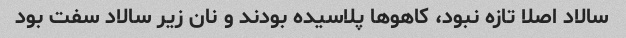
سالاد اصلا تازه نبود، کاهو‌ها پلاسیده بودند و نان زیر سالاد سفت بود